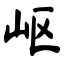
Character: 岖